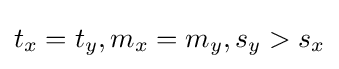
t_{x}=t_{y},m_{x}=m_{y},s_{y}>s_{x}